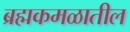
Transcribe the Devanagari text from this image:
ब्रह्मकमळातील